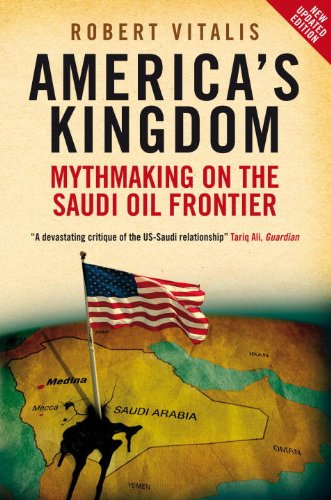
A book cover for America's Kingdom: Mythmaking on the Saudi Oil Frontier (Stanford Studies in Middle Eastern and Islamic Studies and Cultures); Robert Vitalis; Business & Money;